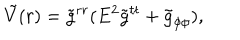
\tilde { V } ( r ) = \tilde { g } ^ { r r } ( E ^ { 2 } \tilde { g } ^ { t t } + \tilde { g } _ { \phi \phi } ) ,